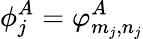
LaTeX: \phi_{j}^{A}=\varphi_{m_{j},n_{j}}^{A}